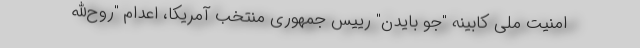
امنیت ملی کابینه "جو بایدن" رییس جمهوری منتخب آمریکا، اعدام "روح‌الله